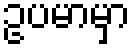
ဥပမာမှာ